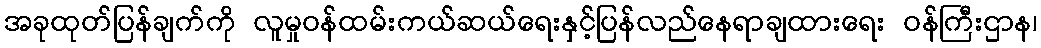
အခုထုတ်ပြန်ချက်ကို လူမှုဝန်ထမ်းကယ်ဆယ်ရေးနှင့်ပြန်လည်နေရာချထားရေး ဝန်ကြီးဌာန၊